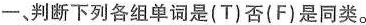
一、判断下列各组单词是(T)否(F)是同类。